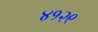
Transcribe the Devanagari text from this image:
४१२९